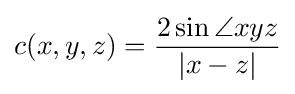
c(x,y,z)={\frac {2\sin \angle xyz}{|x-z|}}